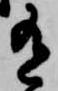
有